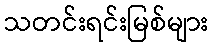
သတင်းရင်းမြစ်များ